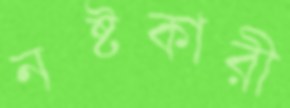
নষ্টকারী